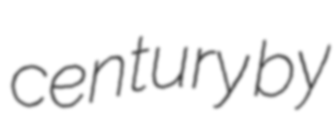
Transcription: century by